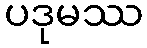
ပဒုမဿ